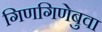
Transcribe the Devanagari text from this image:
गिणगिणेबुवा